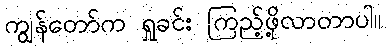
ကျွန်တော်က ရှုခင်း ကြည့်ဖို့လာတာပါ။